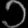
Digit: ၁